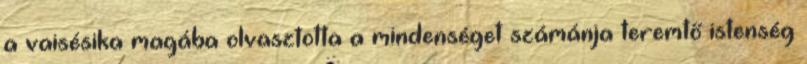
a vaisésika magába olvasztotta a mindenséget számánja teremtő istenség